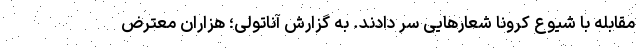
مقابله با شیوع کرونا شعارهایی سر دادند. به گزارش آناتولی؛ هزاران معترض